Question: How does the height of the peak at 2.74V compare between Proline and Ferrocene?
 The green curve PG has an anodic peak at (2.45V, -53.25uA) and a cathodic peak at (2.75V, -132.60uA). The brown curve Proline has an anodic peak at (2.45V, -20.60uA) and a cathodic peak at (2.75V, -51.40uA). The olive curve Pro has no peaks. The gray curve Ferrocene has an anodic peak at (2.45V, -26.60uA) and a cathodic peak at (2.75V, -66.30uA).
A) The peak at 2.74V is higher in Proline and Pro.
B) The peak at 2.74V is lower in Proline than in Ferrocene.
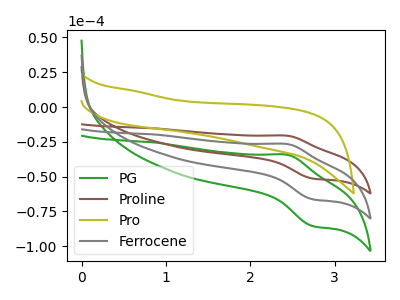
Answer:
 <answer>B) The peak at 2.74V is lower in "Proline" than in "Ferrocene".</answer>
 <eval>B</eval>